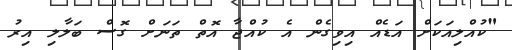
"ކުއްލިއަކަށް އަޑެއް އިވިގެން އެ ކުއްޖާ އޮތް ތަނަށް ގޮސް ބަލާލި އިރު